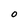
Character: 0